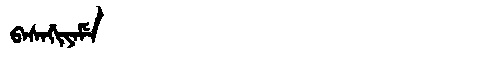
Manchu: ᠪᠠᠰᠠᡤᡳᠶᠠᠮᡝ
Romanization: BASAGIYAME